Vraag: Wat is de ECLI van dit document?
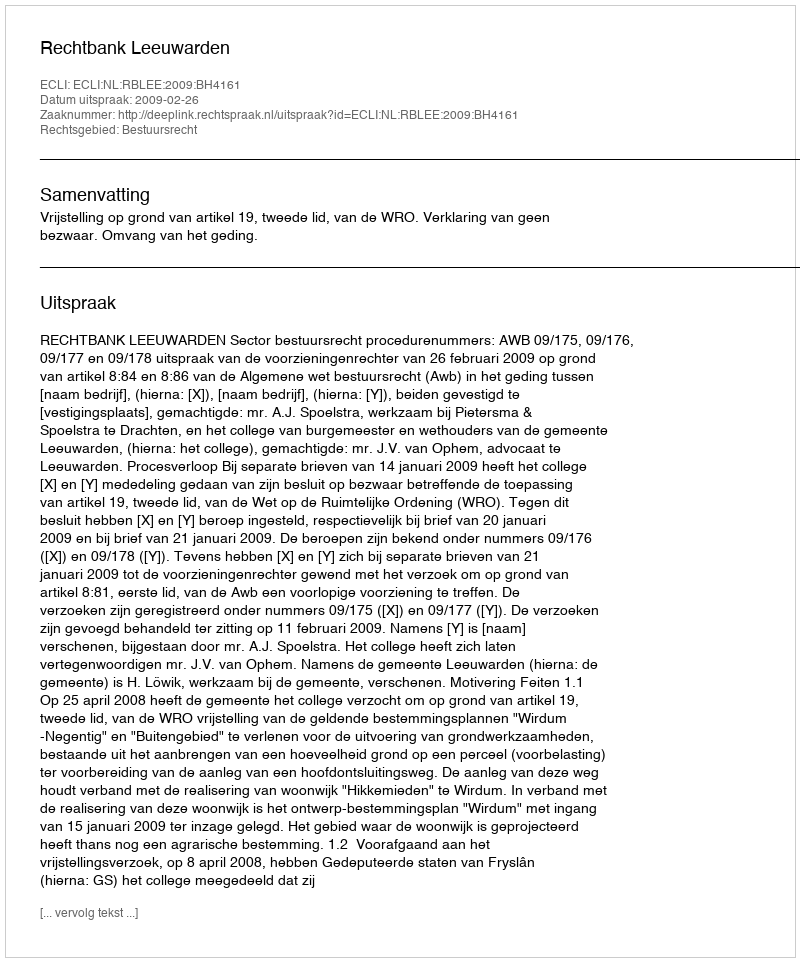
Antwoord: ECLI:NL:RBLEE:2009:BH4161